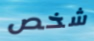
شخص